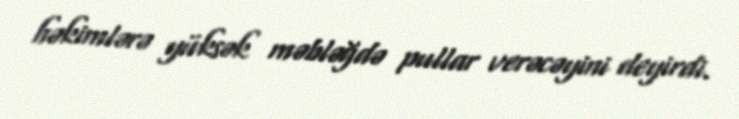
həkimlərə yüksək məbləğdə pullar verəcəyini deyirdi.